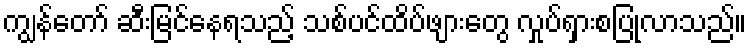
ကျွန်တော် ဆီးမြင်နေရသည့် သစ်ပင်ထိပ်ဖျားတွေ လှုပ်ရှားစပြုလာသည်။